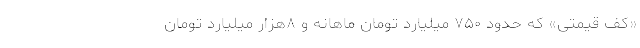
«کف قیمتی» که حدود ۷۵۰ میلیارد تومان ماهانه و ۸هزار میلیارد تومان